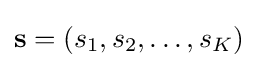
\mathbf {s} =\left(s_{1},s_{2},\ldots ,s_{K}\right)